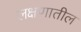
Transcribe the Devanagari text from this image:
लक्षणातील